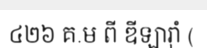
៤២៦ គ.ម ពី ឌីឡារ៉ាំ (